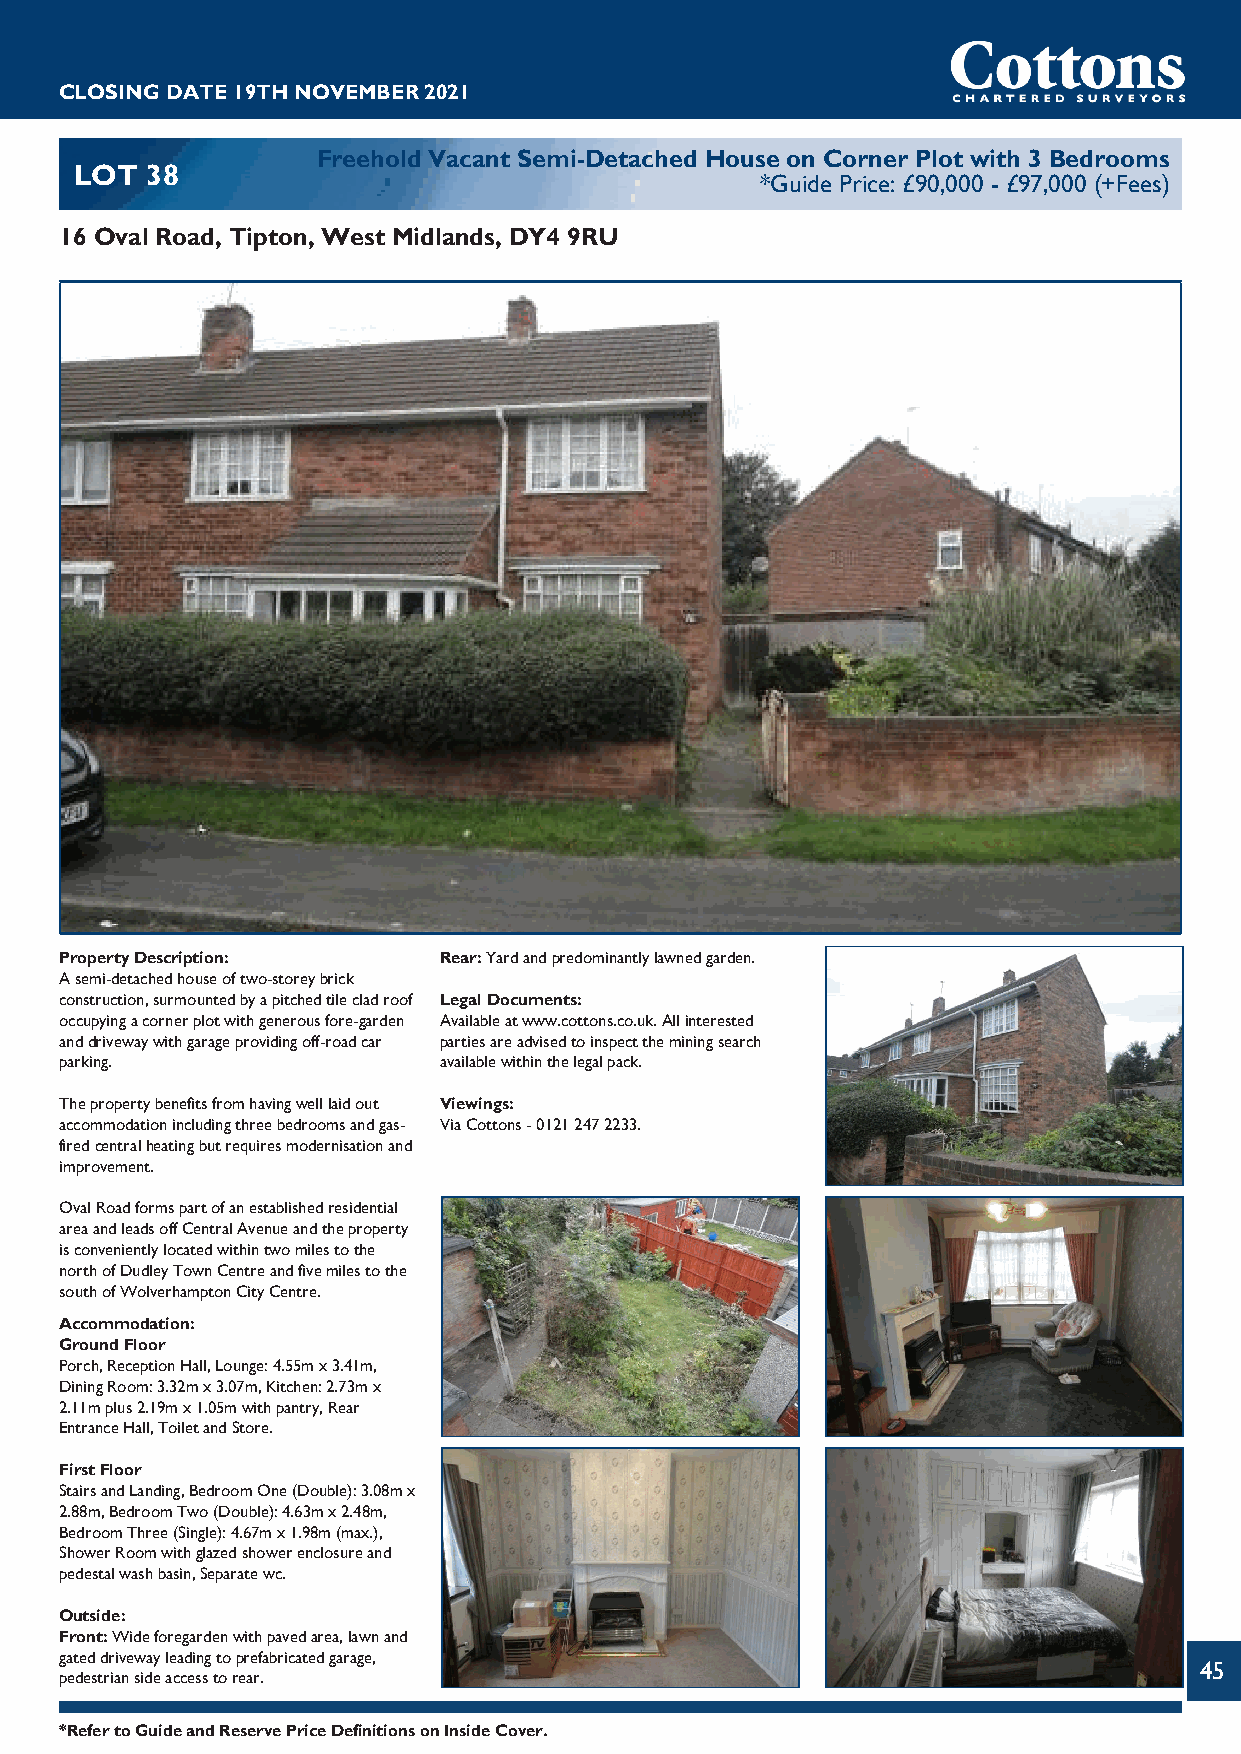
CLOSINGDATE19THNOVEMBER2021
 Freehold Vacant Semi-Detached House on Corner Plot with 3 Bedrooms
 LOT  38
 *Guide Price: £90,000 - £97,000 (+Fees)
 16 Oval Road, Tipton, West Midlands, DY4 9RU
 PropertyDescription:     Rear:Yardandpredominantlylawnedgarden.
 Asemi-detachedhouseoftwo-storeybrick
 construction,surmountedbyapitchedtilecladroof LegalDocuments:
 occupyingacornerplotwithgenerousfore-garden Availableatwww.cottons.co.uk.Allinterested
 anddrivewaywithgarageprovidingoff-roadcar partiesareadvisedtoinspecttheminingsearch
 parking.                 availablewithinthelegalpack.
 Thepropertybenefitsfromhavingwelllaidout Viewings:
 accommodationincludingthreebedroomsandgas- ViaCottons-01212472233.
 firedcentralheatingbutrequiresmodernisationand
 improvement.
 OvalRoadformspartofanestablishedresidential
 areaandleadsoffCentralAvenueandtheproperty
 isconvenientlylocatedwithintwomilestothe
 northofDudleyTownCentreandfivemilestothe
 southofWolverhamptonCityCentre.
 Accommodation:
 GroundFloor
 Porch,ReceptionHall,Lounge:4.55mx3.41m,
 DiningRoom:3.32mx3.07m,Kitchen:2.73mx
 2.11mplus2.19mx1.05mwithpantry,Rear
 EntranceHall,ToiletandStore.
 FirstFloor
 StairsandLanding,BedroomOne(Double):3.08mx
 2.88m,BedroomTwo(Double):4.63mx2.48m,
 BedroomThree(Single):4.67mx1.98m(max.),
 ShowerRoomwithglazedshowerenclosureand
 pedestalwashbasin,Separatewc.
 Outside:
 Front:Wideforegardenwithpavedarea,lawnand
 gateddrivewayleadingtoprefabricatedgarage,
 45
 pedestriansideaccesstorear.
 *RefertoGuideandReservePriceDefinitionsonInsideCover.